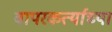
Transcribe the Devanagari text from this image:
वापरकर्त्याच्या